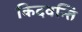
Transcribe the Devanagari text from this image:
किदवन्ति